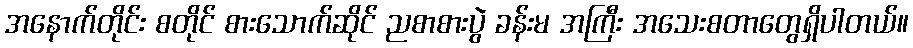
အနောက်တိုင်း စတိုင် စားသောက်ဆိုင် ညစာစားပွဲ ခန်းမ အကြီး အသေးစတာတွေရှိပါတယ်။